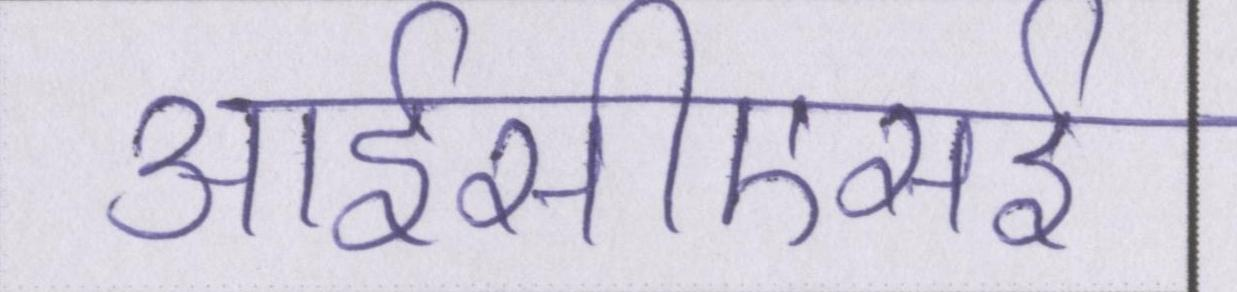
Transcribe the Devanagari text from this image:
आईसीएसई